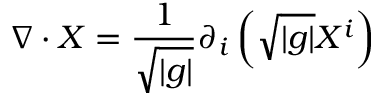
\nabla \cdot X = { \frac { 1 } { \sqrt { | g | } } } \partial _ { i } \left( { \sqrt { | g | } } X ^ { i } \right)